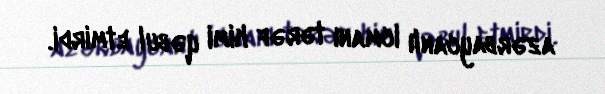
azərbaycanlı icmanı tərəf kimi qəbul etmirdi.